NAE_EAA_T-354_Tartu_Tamme_Gumnaasium, lk 85
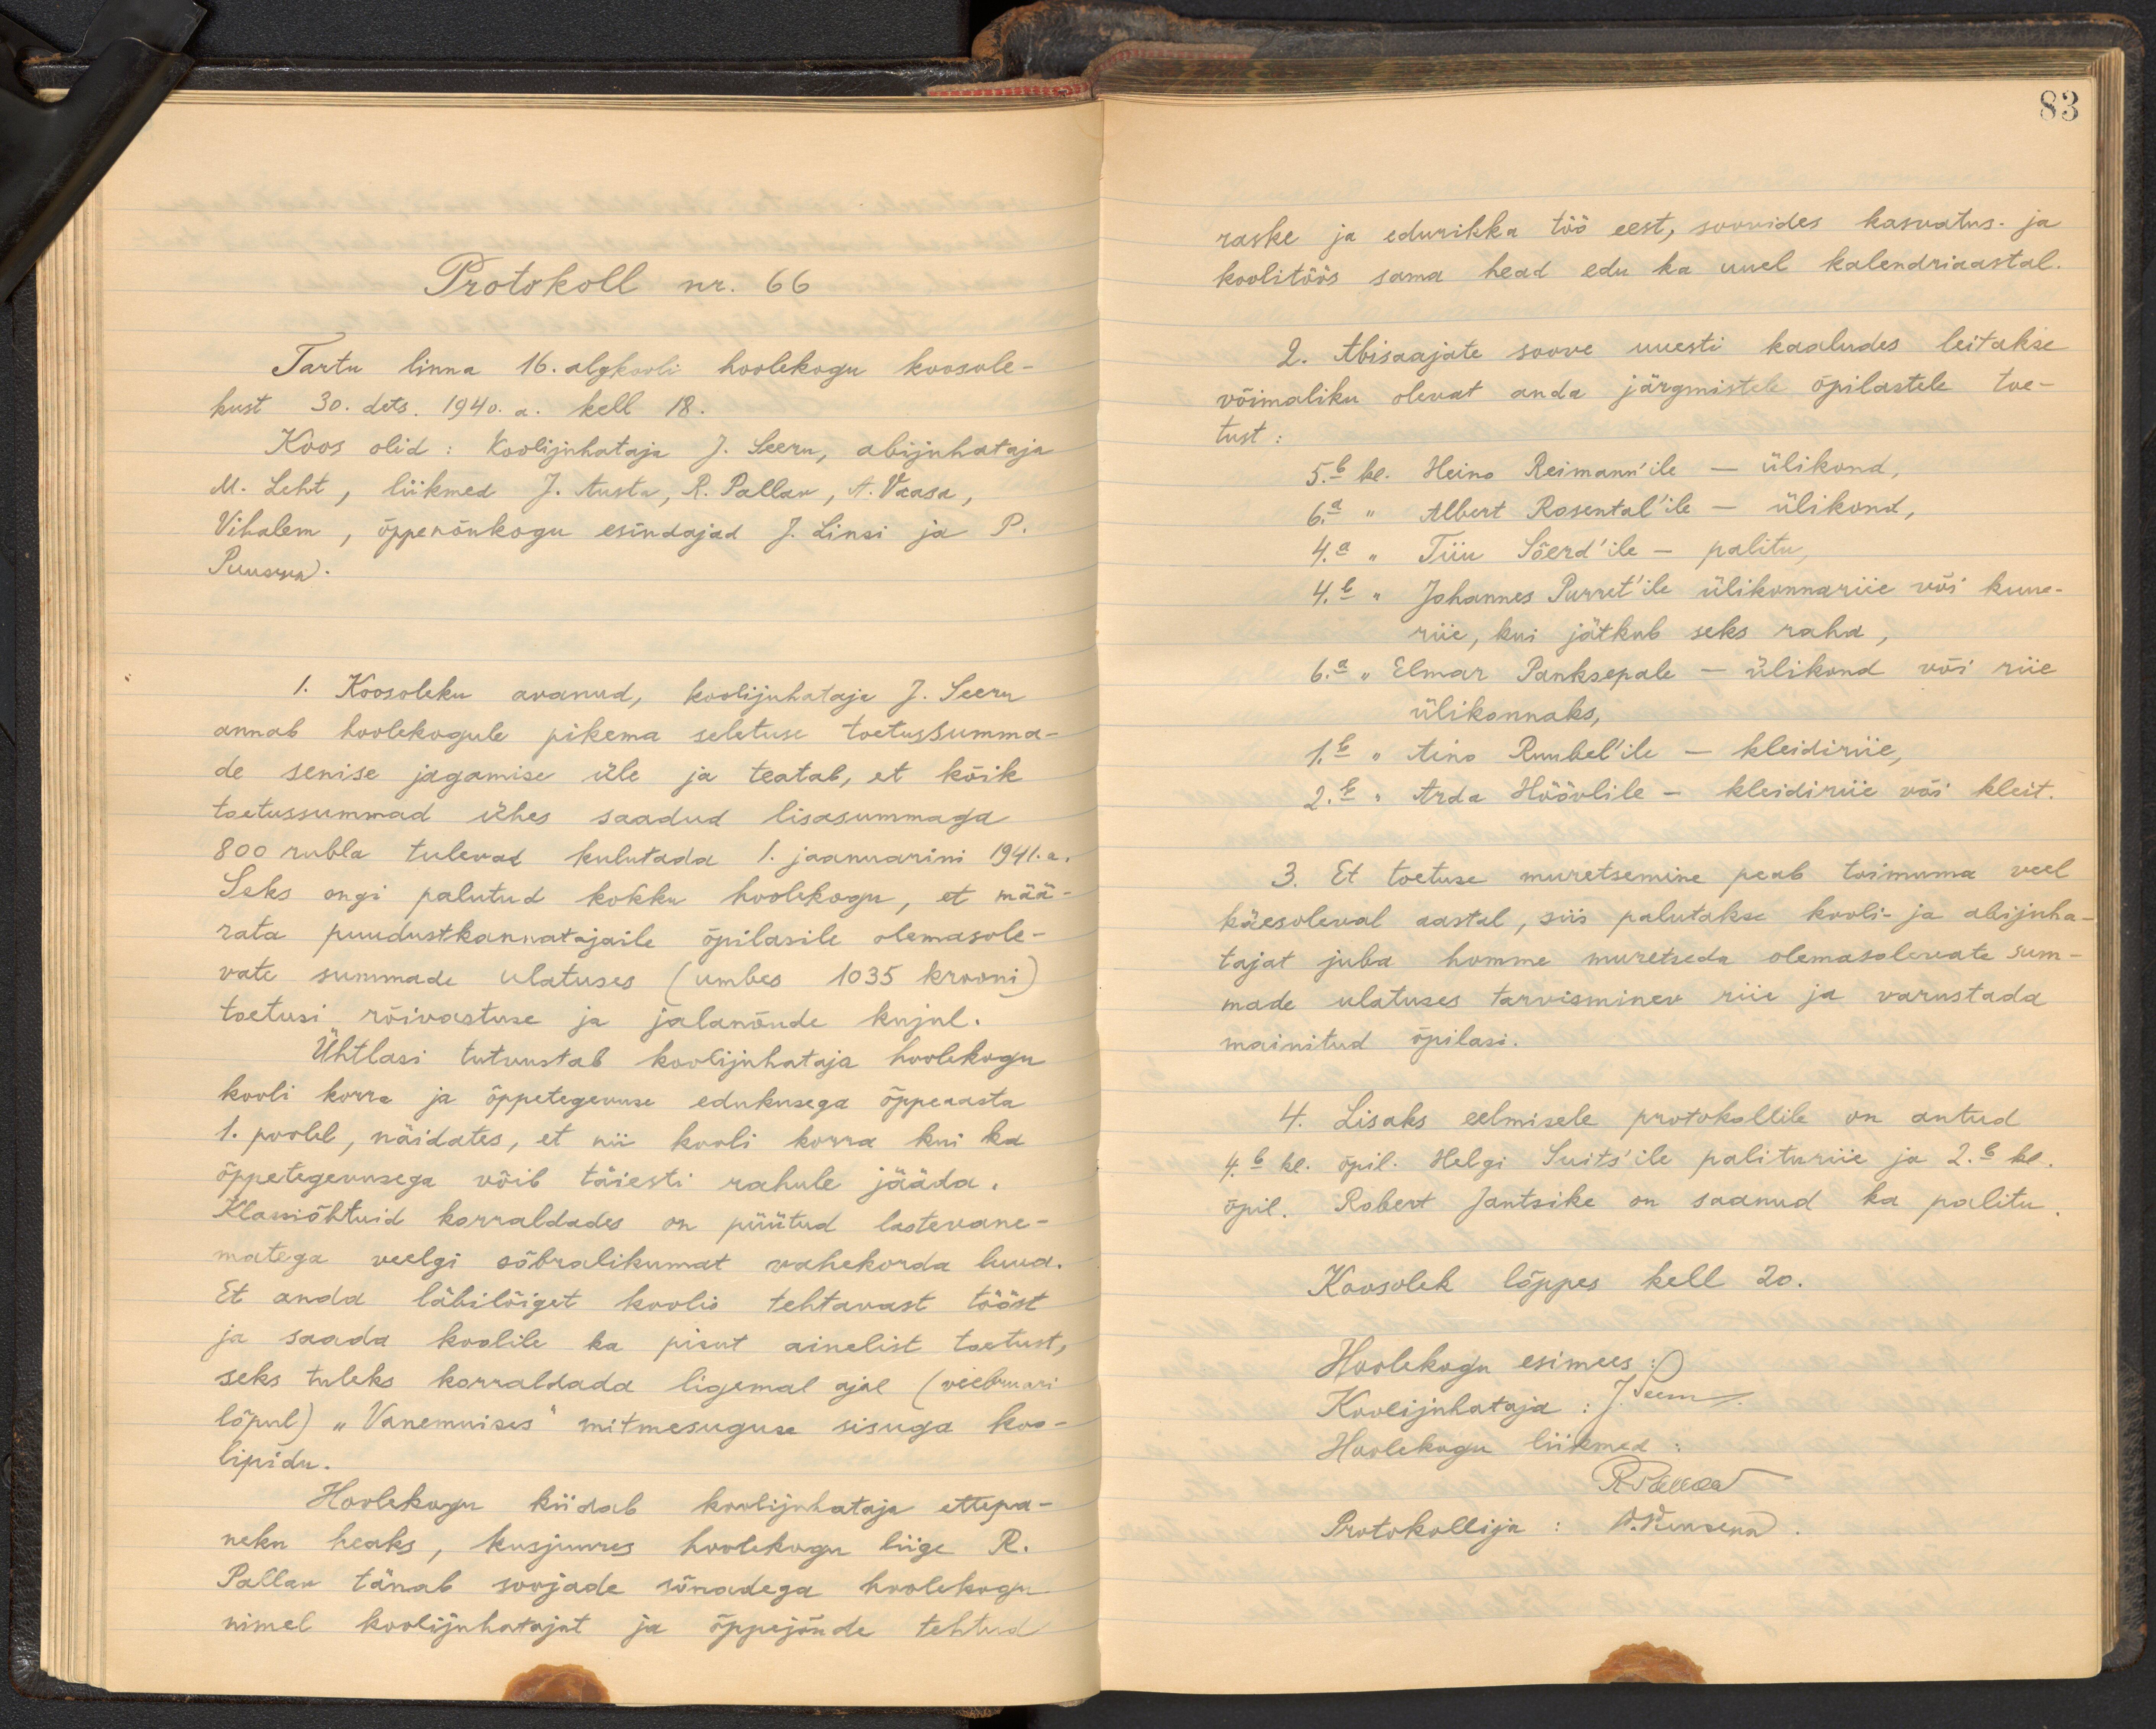
Protokoll nr. 66
Tartu linna 16. algkooli hoolekogu koosole-
kust 30. dets. 1940. a. kell 18.
Koos olid: Koolijuhataja J. Seeru, abijuhataja
M. Leht, liikmed J. Austa, R. Pallav, A. Vaasa,
Vihalem, õppenõukogu esindajad J. Linsi ja P.
Puusepp.
1. Koosoleku avanud, koolijuhataja J. Seeru
annab hoolekogule pikema seletuse toetussumma-
de senise jagamise üle ja teatab, et kõik
toetussummad ühes saadud lisasummaga
800 rubla tulevad kulutada 1. jaanuarini 1941. a.
Seks ongi palutud kokku hoolekogu, et mää-
rata puudustkannatajaile õpilasile olemasole-
vate summade ulatuses (umbes 1035 krooni)
toetusi rõivastuse ja jalanõude kujul.
Ühtlasi tutvustab koolijuhataja hoolekogu
kooli korra ja õppetegevuse edukusega õppeaasta
1. poolel, näidates, et nii kooli korra kui ka
õppetegevusega võib täiesti rahule jääda.
Klassiõhtuid korraldades on püütud lastevane-
matega veelgi sõbralikumat vahekorda luua.
Et anda läbilõiget koolis tehtavast tööst
ja saada koolile ka pisut ainelist toetust,
seks tuleks korraldada ligemal ajal (veebruari
lõpul) "Vanemuises" mitmesuguse sisuga koo-
lipidu.
Hoolekogu kiidab koolijuhataja ettepa-
neku heaks, kusjuures hoolekogu liige R.
Pallav tänab soojade sõnadega hoolekogu
nimel koolijuhatajat ja õppejõude tehtud

83
raske ja edurikka töö eest, soovides kasvatus- ja
koolitöös sama head edu ka uuel kalendriaastal.
2. Abisaajate soove uuesti kaaludes leitakse
võimaliku olevat anda järgmistele õpilastele toe-
tust:
5.b kl. Heino Reimann'ile - ülikond,
6a " Albert Rosental'ile - ülikond,
4.a " Tiiu Sõerd'ile - palitu,
4c " Johannes Purret'ile ülikonnariie või kuue-
riie, kui jätkub seks raha,
6.a " Elmar Panksepale - ülikond või riie
ülikonnaks,
1.b " Aino Rubel'ile - kleidiriie,
2.b. Arda Höövlile - kleidiiriie või kleit.
3. Et toetuse muretsemine peab toimuma veel
käesoleval aastal, siis palutakse kooli- ja abijuha-
tajat juba homme muretseda olemasolevate sum-
made ulatuses tarvisminev riie ja varustada
mainitud õpilasi.
4. Lisaks eelmisele protokollile on antud
4.b kl. õpil. Helgi Suits'ile palituriie ja 2.b kl.
õpil. Robert Jantsike on saanud ka palitu
Koosolek lõppes kell 20.
Hoolekogu esimees:
Koolijuhataja: J. Teem
Hoolekogu liikmed:
Päewar.
Protokollija: W. Kensenud